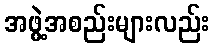
အဖွဲ့အစည်းများလည်း